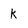
Character: k